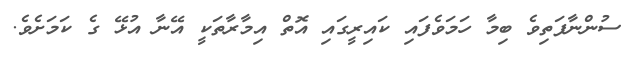
ސުންނާފަތިވެ ބިމާ ހަމަވެފައި ކައިރީގައި އޮތް އިމާރާތަކީ އޭނާ އުޅޭ ގެ ކަމަށެވެ.